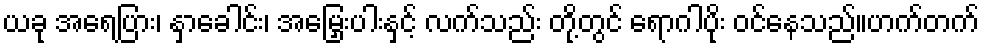
ယခု အရေပြား၊ နှာခေါင်း၊ အမြှေးပါးနှင့် လက်သည်း တို့တွင် ရောဂါပိုး ဝင်နေသည်။ဟက်တက်